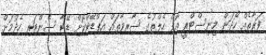
ފަރާތެއް ހޯދަން މިނިސްޓްރީ އޮފް ހެލްތުގެ ސާރވާތައް އަޕްޑޭޓްކޮށް ޑޭޓާ ސެންޓަރ ހެދުމަށް